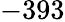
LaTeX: -393